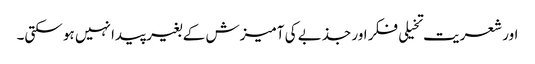
اور شعریت تخیلی فکر اور جذبے کی آمیزش کے بغیر پیدا نہیں ہو سکتی۔